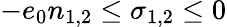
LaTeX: -e_{0}n_{1,2}\leq\sigma_{1,2}\leq 0